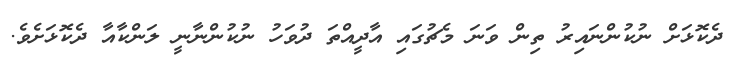
ދެކޮޅަށް ނުކުންނައިރު ތިން ވަނަ މެޗުގައި އާދީއްތަ ދުވަހު ނުކުންނާނީ ލަންކާއާ ދެކޮޅަށެވެ.